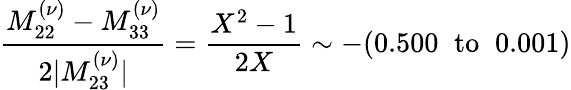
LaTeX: \frac{M_{22}^{(\nu)}-M_{33}^{(\nu)}}{2|M_{23}^{(\nu)}|}=\frac{X^{2}-1}{2X}\sim-(0.500\; \; \mathrm{to}\; \; 0.001)